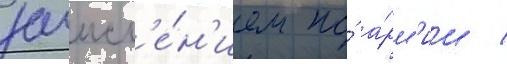
зачисл'е́н'ием по́ а́рм'ии /